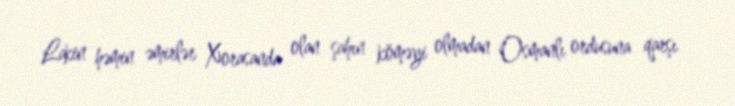
Lakin həmin əmirlər Xorasanda olan şahın köməyi olmadan Osmanlı ordusuna qarşı